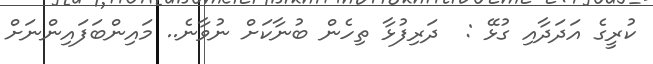
ކުރީގެ އަދަދާއި ގުޅޭ :  ދަރިފުޅާ ތިހެން ބުނާކަށް ނުވާނެ.. މައިންބަފައިންނަށް